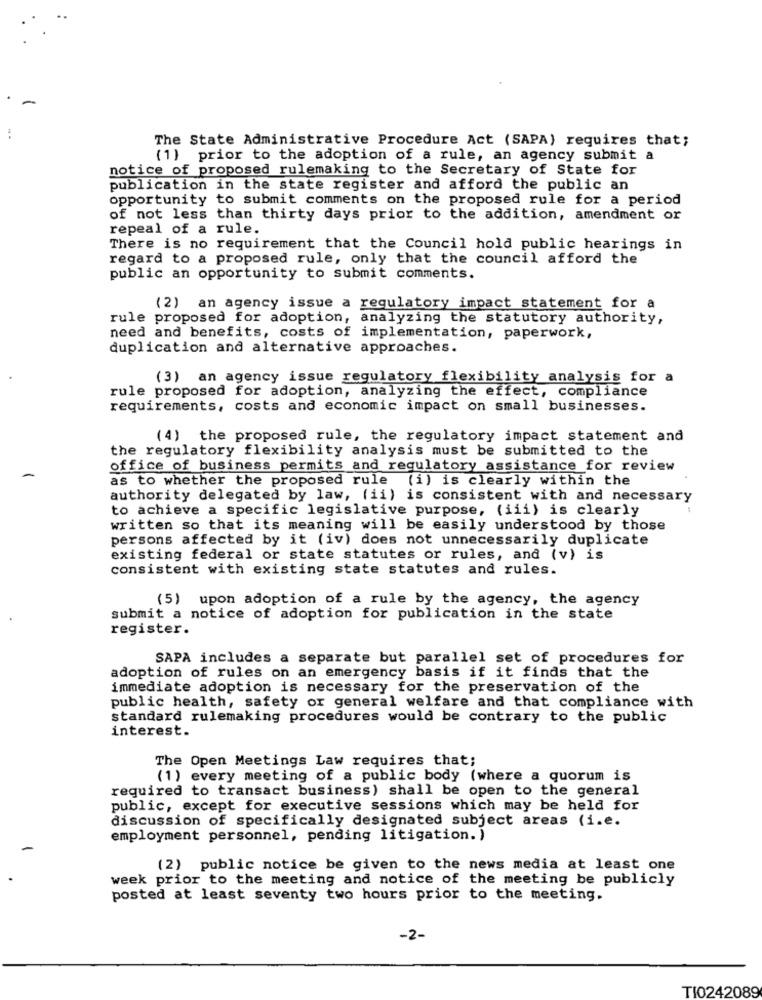
The State Administrative Procedure Act (SAPA) requires that;
(1) prior to the adoption of a rule, an agency submit a
notice of proposed rulemaking to the Secretary of State for
publication in the state register and afford the public an
opportunity to submit comments on the proposed rule for a period
of not less than thirty days prior to the addition, amendment or
repeal of a rule.
There is no requirement that the Council hold public hearings in
regard to a proposed rule, only that the council afford the
public an opportunity to submit comments.
(2) an agency issue a regulatory impact statement for a
rule proposed for adoption, analyzing the statutory authority,
need and benefits, costs of implementation, paperwork,
duplication and alternative approaches.
(3) an agency issue regulatory flexibility analysis for a
rule proposed for adoption, analyzing the effect, compliance
requirements, costs and economic impact on small businesses.
(4) the proposed rule, the regulatory impact statement and
the regulatory flexibility analysis must be submitted to the
office of business permits and regulatory assistance for review
as to whether the proposed rule (i) is clearly within the
authority delegated by law, (ii) is consistent with and necessary
to achieve a specific legislative purpose, (iii) is clearly
written so that its meaning will be easily understood by those
persons affected by it (iv) does not unnecessarily duplicate
existing federal or state statutes or rules, and (v) is
consistent with existing state statutes and rules.
(5) upon adoption of a rule by the agency, the agency
submit a notice of adoption for publication in the state
register.
SAPA includes a separate but parallel set of procedures for
adoption of rules on an emergency basis if it finds that the
immediate adoption is necessary for the preservation of the
public health, safety or general welfare and that compliance with
standard rulemaking procedures would be contrary to the public
interest.
The Open Meetings Law requires that;
(1) every meeting of a public body (where a quorum is
required to transact business) shall be open to the general
public, except for executive sessions which may be held for
discussion of specifically designated subject areas (i.e.
employment personnel, pending litigation. )
(2) public notice be given to the news media at least one
week prior to the meeting and notice of the meeting be publicly
posted at least seventy two hours prior to the meeting.
-2-
TI0242089